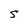
Character: S